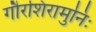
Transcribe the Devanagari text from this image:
गौरशिरामुनिः